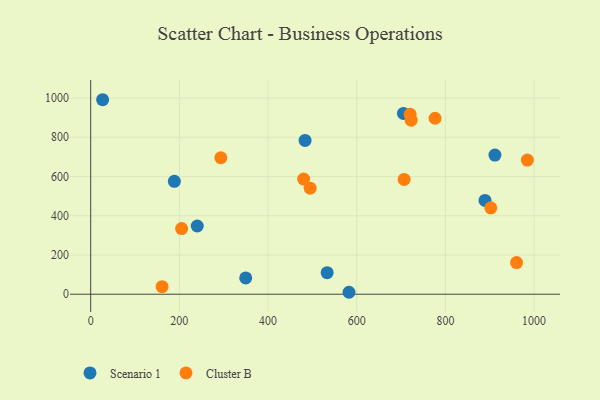
{"axis": {"x": "Experience", "y": "Demand"}, "legend": ["Cluster B", "Scenario 1"], "data": [{"x": "705.4", "y": 921.4, "type": "Scenario 1"}, {"x": "483.5", "y": 783.8, "type": "Scenario 1"}, {"x": "349.6", "y": 83.2, "type": "Scenario 1"}, {"x": "188.7", "y": 575.2, "type": "Scenario 1"}, {"x": "240.3", "y": 347.7, "type": "Scenario 1"}, {"x": "26.9", "y": 991.2, "type": "Scenario 1"}, {"x": "911.7", "y": 709.2, "type": "Scenario 1"}, {"x": "582.6", "y": 9.9, "type": "Scenario 1"}, {"x": "533.3", "y": 109.6, "type": "Scenario 1"}, {"x": "889.3", "y": 477.8, "type": "Scenario 1"}, {"x": "161.0", "y": 38.4, "type": "Cluster B"}, {"x": "720.5", "y": 917.2, "type": "Cluster B"}, {"x": "776.7", "y": 896.7, "type": "Cluster B"}, {"x": "960.5", "y": 161.4, "type": "Cluster B"}, {"x": "984.9", "y": 683.5, "type": "Cluster B"}, {"x": "902.4", "y": 440.5, "type": "Cluster B"}, {"x": "293.5", "y": 695.5, "type": "Cluster B"}, {"x": "706.9", "y": 584.8, "type": "Cluster B"}, {"x": "205.0", "y": 334.6, "type": "Cluster B"}, {"x": "480.3", "y": 586.7, "type": "Cluster B"}, {"x": "722.8", "y": 886.9, "type": "Cluster B"}, {"x": "495.0", "y": 540.6, "type": "Cluster B"}]}